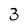
Character: 3